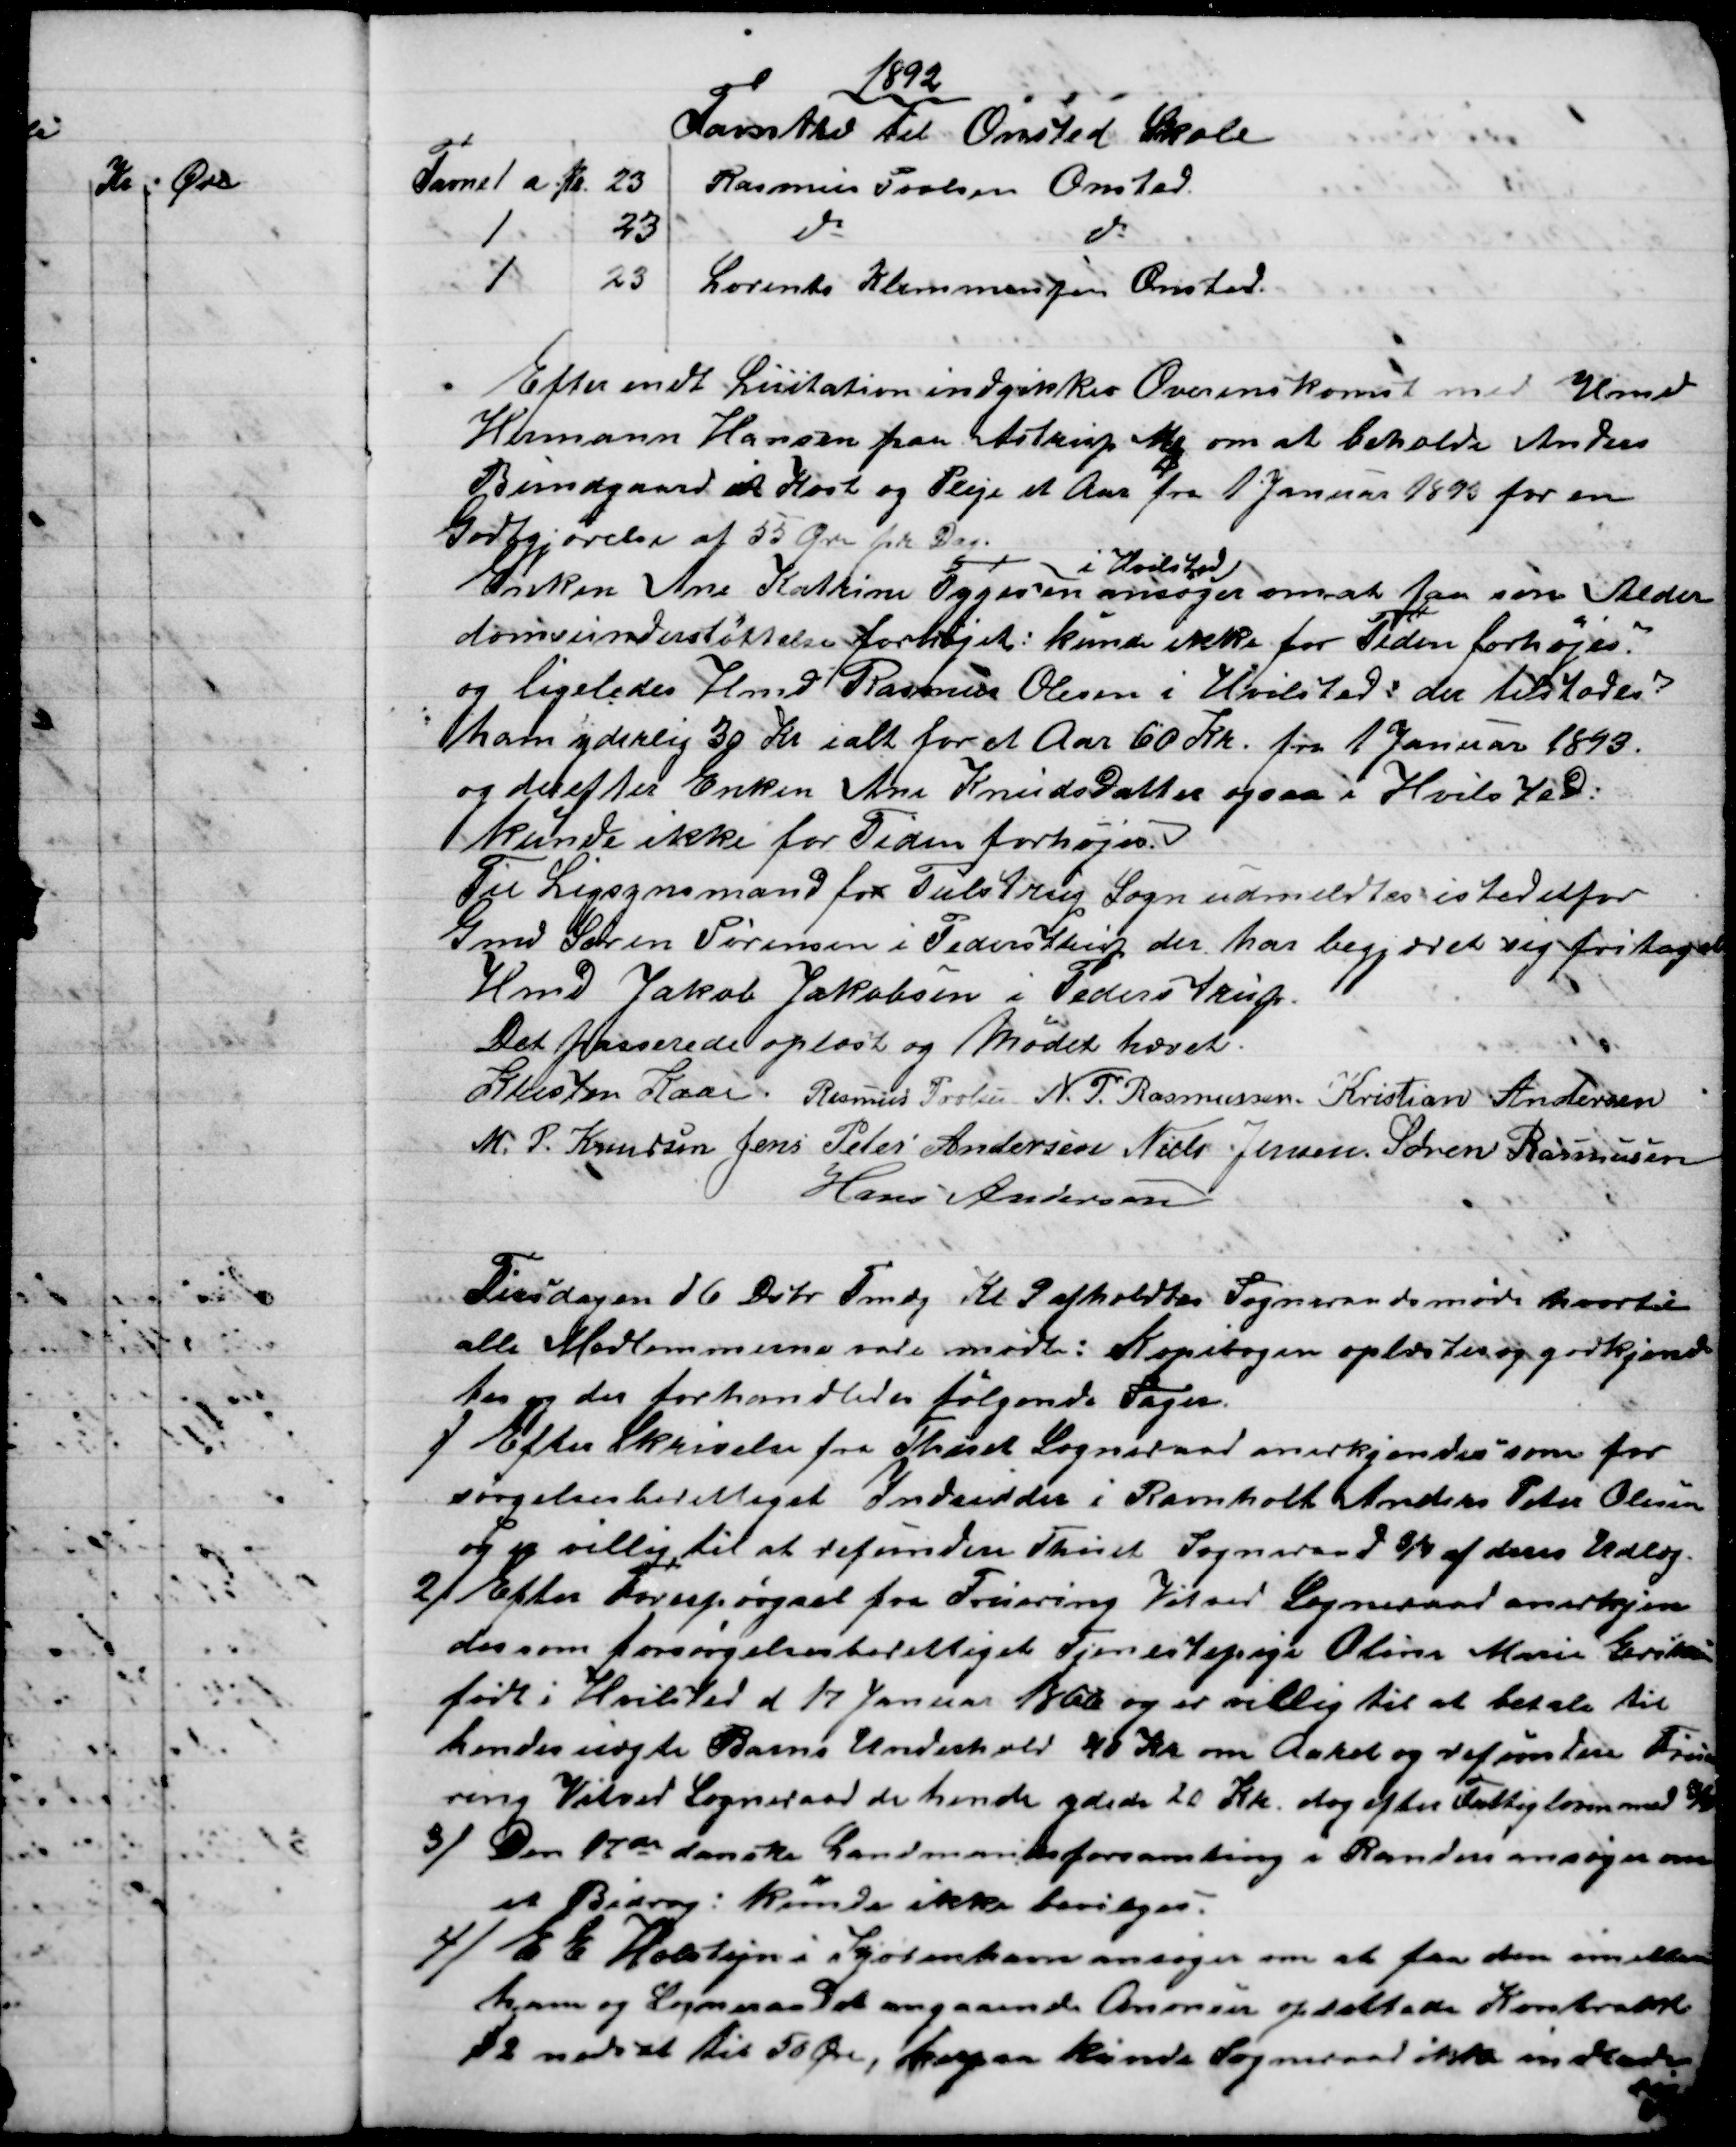
Transskription:
1892
Favntræ til Onsted Skole
Favne 1 a Kr.
23
Rasmus Povlsen Onsted.
1
23
do
do
1
23
Lorents Klemmensen Onsted.
Efter endt Licitation indgikkes Overenskomst med Hmd
Hermann Hansen paa Astrup Mk om at beholde Anders
Bundgaard i Kost og Pleje et Aar fra 1 Januar 1893 for en
Godtgjørelse af 55 Øre pr Dag.
Enken Ane Katrine Tygesen 
i Hvilsted
ansøger om at faa sin Alder
domsunderstøttelse forhøjet: kunde ikke for Tiden forhøjes.
og ligeledes Hmd Rasmus Olesen i Hvilsted: der tilstodes
ham yderlig 30 Kr ialt for et Aar 60 Kr. fra 1 Januar 1893.
og derefter Enken Ane Knudsdatter ogsaa i Hvilsted:
kunde ikke for Tiden forhøjes.
Til Ligsynsmand for Tulstrup Sogn udmeldtes istedetfor
Gmd Søren Sørensen i Pederstrup der har begjæret sig fritaget
Hmd Jakob Jakobsen i Pederstrup
Det passerede oplæst og Mødet hævet.
Kristen Kaae. Rasmus Povlsen N. P. Rasmussen. Kristian Andersen
M. P. Knudsen Jens Peter Andersen Niels Jensen. Søren Rasmussen
Hans Andersen
Tirsdagen d 6 Dcbr Fmdg Kl. 9 afholdtes Sogneraadsmøde hvortil
alle Medlemmerne vare mødte: Kopibogen oplæstes og godkjend
tes og der forhandledes følgende Sager.
1) Efter Skrivelse fra Thiset Sogneraad anerkjendes som for
sørgelsesberettiget Indsidder i Ravnholt Anders Peter Olesen
og er villig til at refundere Thiset Sogneraad ¾ af deres Udlæg.
2) Efter Forespørgsel fra Fruering Vitved Sogneraad anerkjen
des som forsørgelsesberettiget Tjenestepige Oline Marie Eriksen
født i Hvilsted d 17 Januar 1866 og er villig til at betale til
hendes uægte Barns Underhold 40 Kr om Aaret og refundere Frue
ring Vitved Sogneraad de hende ydede 20 Kr. dog efter Fattigloven med ¾
3) Den 17de danske Landmandsforsamling i Randers ansøger om
et Bidrag: kunde ikke bevilges.
4) E E Holstejn i Kjøbenhavn ansøger om at faa den imellem
ham og Sogneraadet angaaende Anoncer oprettede Kontrakt
 2 nedsat til 50 Øre, herpaa kunde Sogneraad ikke ind 
sig